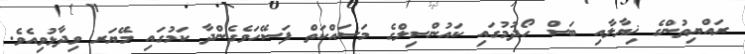
ރައްޔިތުންގެ ޚިޔާލާއި ބަސް ހޯދުމުގައި ކައުންސިލްގެ މަސައްކަތް ފަސޭހަވެގެންދާ ކަމުގައި މޭޔަރ ވިދާޅުވިއެވެ.